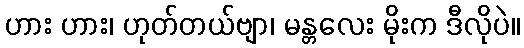
ဟား ဟား၊ ဟုတ်တယ်ဗျာ၊ မန္တလေး မိုးက ဒီလိုပဲ။